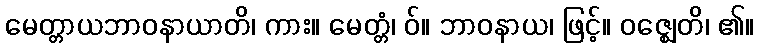
မေတ္တာယဘာဝနာယာတိ၊ ကား။ မေတ္တံ၊ ဝ်။ ဘာဝနာယ၊ ဖြင့်။ ဝဇ္ဈေတိ၊ ၏။